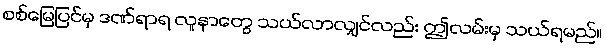
စစ်မြေပြင်မှ ဒဏ်ရာရ လူနာတွေ သယ်လာလျှင်လည်း ဤလမ်းမှ သယ်ရမည်။